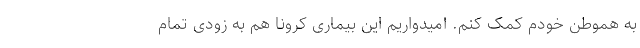
به هموطن خودم کمک کنم. امیدواریم این بیماری کرونا هم به زودی تمام